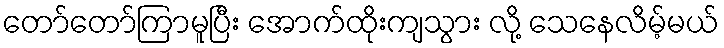
တော်တော်ကြာမူပြီး အောက်ထိုးကျသွား လို့ သေနေလိမ့်မယ်